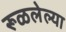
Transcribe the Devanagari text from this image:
रूळलेल्या